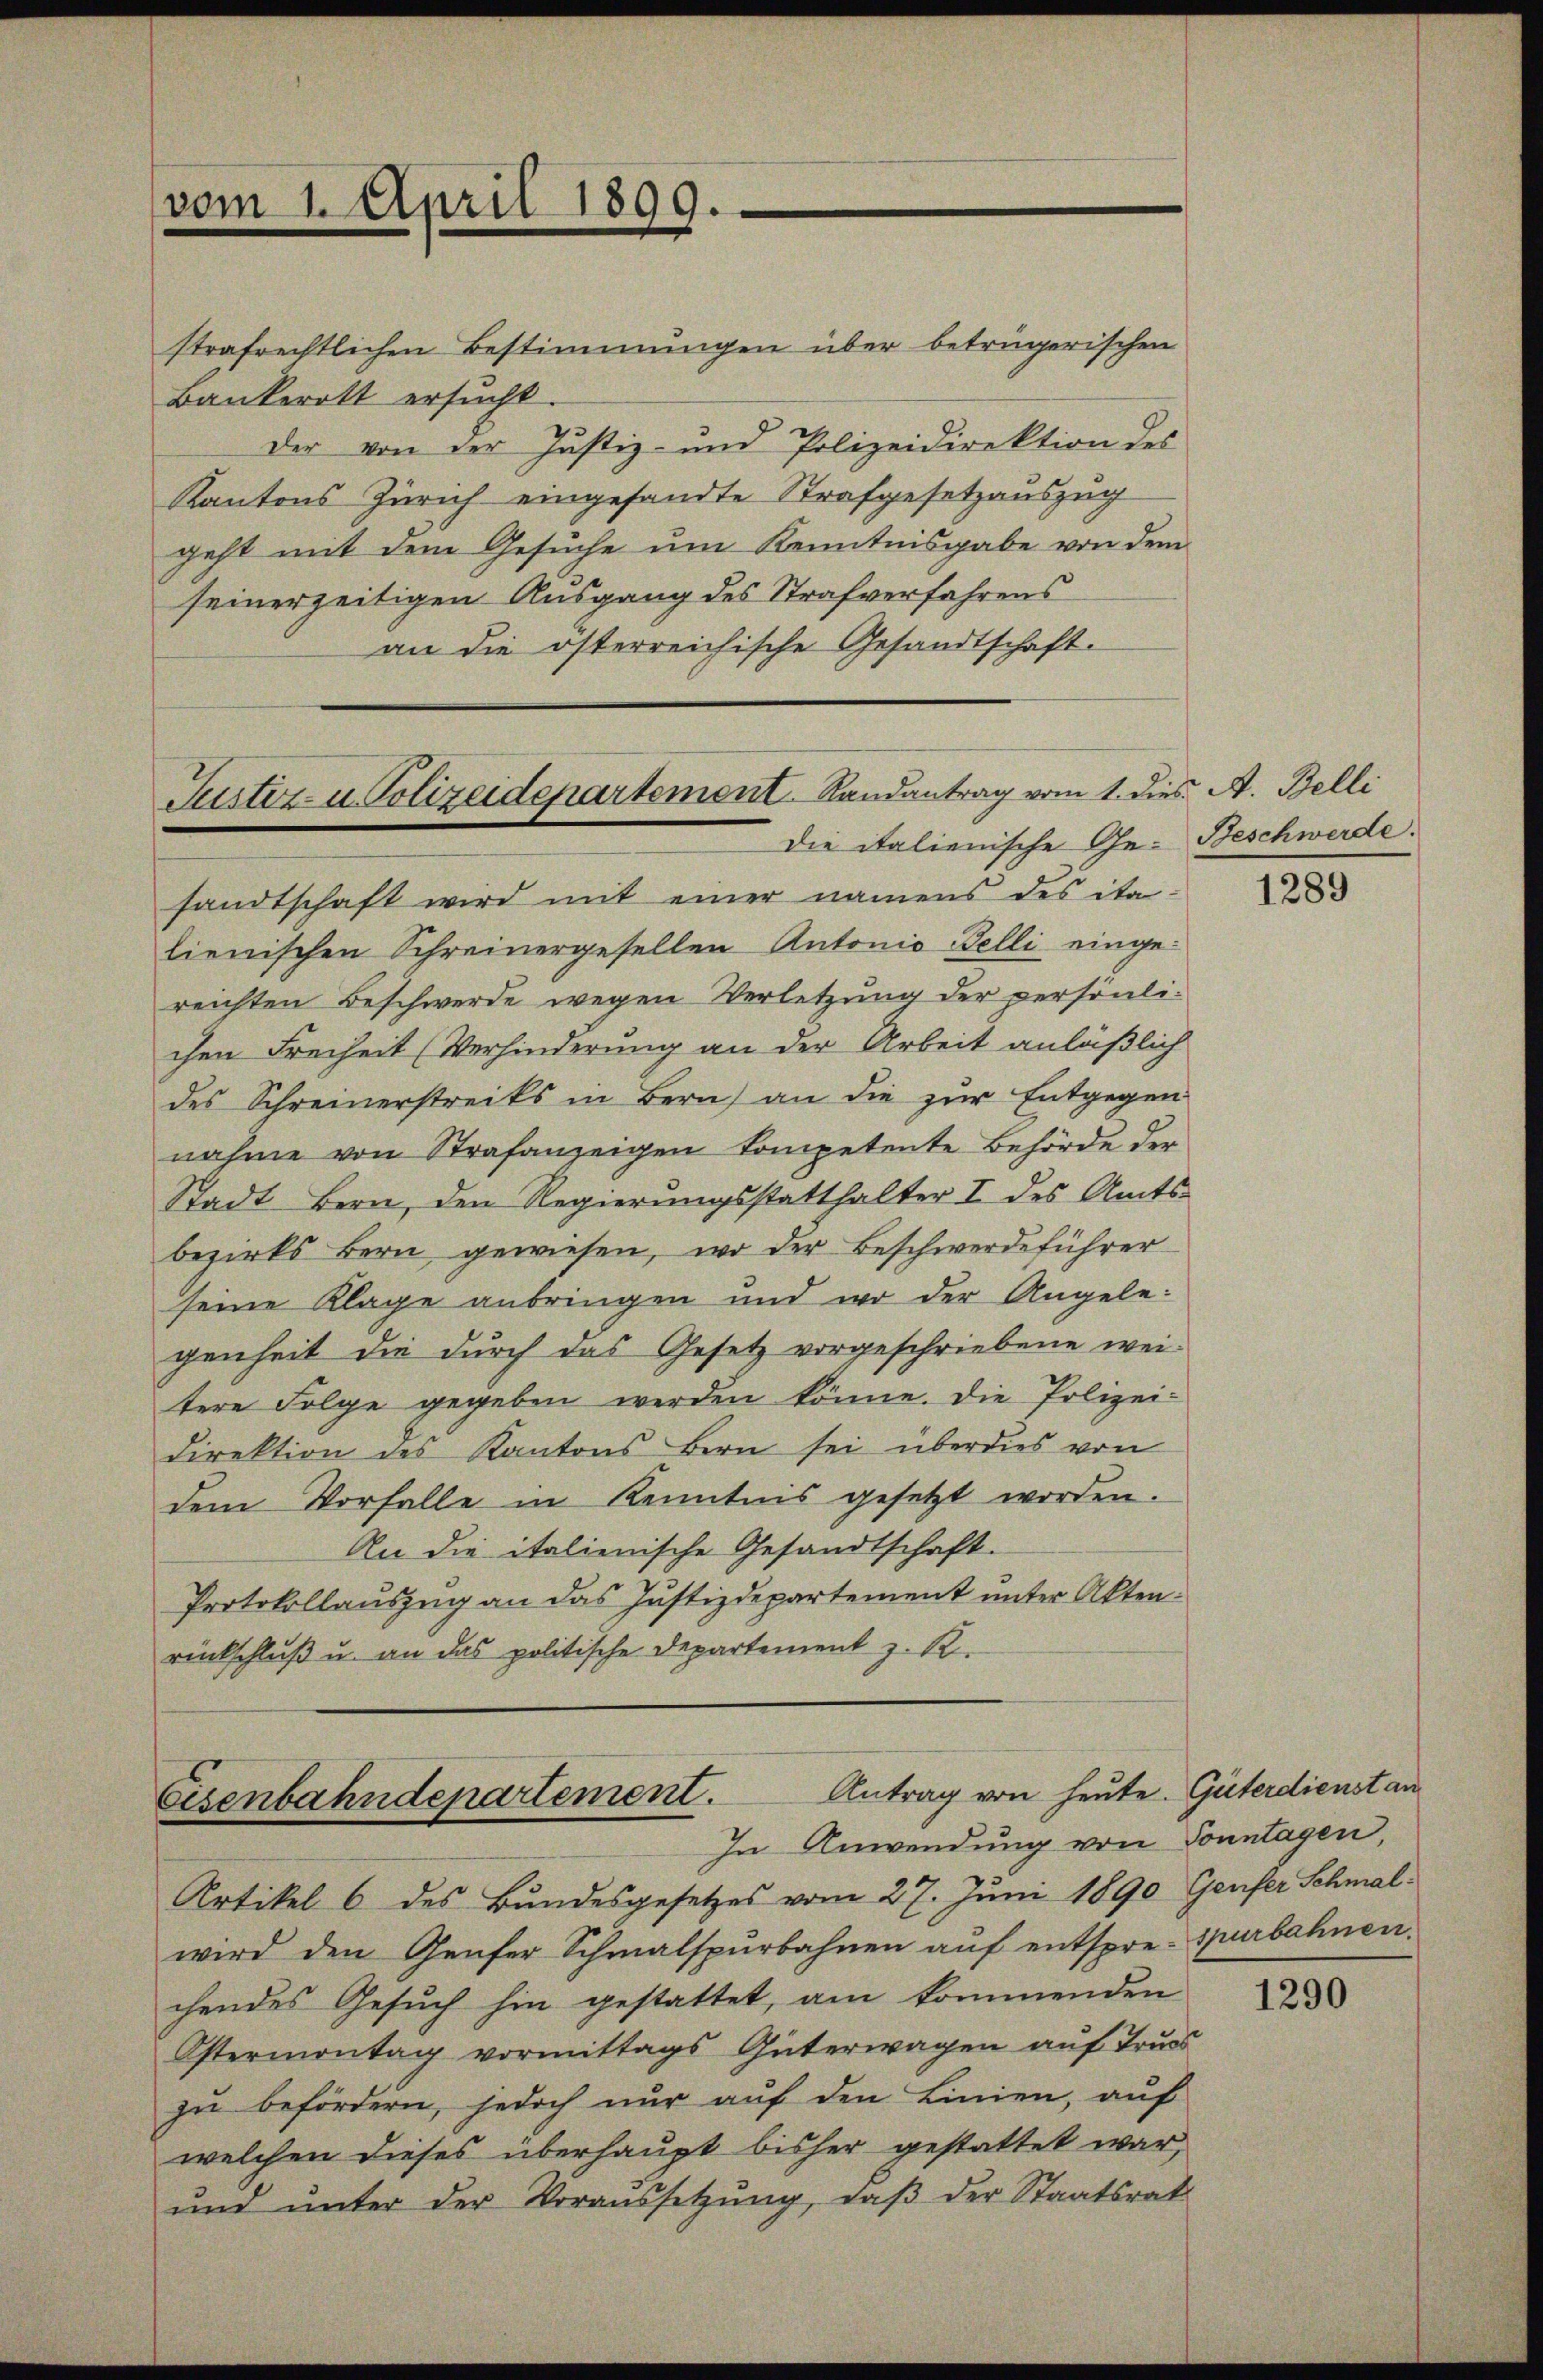
strafrechtlichen Bestimmungen über betrügerischen
Bankerott ersucht
Der von der Justiz- und Polizeidirektion des
Kantons Zürich eingesandte Strafgesetzauszug
geht mit dem Gesuche um Kenntnisgabe von dem
seinerzeitigen Ausgang des Strafverfahrens
an die österreichische Gesandtschaft.

vom 1. April 1899.

sandtschaft wird mit einer namens des ita-
lienischen Schreinergesellen Antonio Belli eingereichten Beschwerde wegen Verletzung der persönlichen Freiheit (Verhinderung an der Arbeit anläßlich
des Schreinerstreiks in Bern) an die zur Entgegen
nahme von Strafanzeigen Competente Behörde der
Stadt Bern, den Regierungsstatthalter I des Amts-
bezirks Bern gewiesen, wo der Beschwerdeführer
seine Klage anbringen und wo der Angelegenheit die durch das Gesetz vorgeschriebene weitere Folge gegeben werden könne. Die Polizei-
direktion des Kantons Bern sei überdies von
dem Vorfalle in Kenntnis gesetzt worden.
An die italienische Gesandtschaft.
Protokollauszug an das Justizdepartement unter Akten.
rückschluß u. an das politische Departement z. R.

Surtor- u. Polizeidepartemont. Randantrag vom 1. dies A. Belli
Die italienische Ge-Beschwerde.

Eisenbahndepartement. Antrag von heute.
In Anwendung von Sonntagen,

Artikel 6 des Bundesgesetzes vom 27. Juni 1890 Genfer Schmalwird den Genfer Schmalspurbahnen aŭf entspre-spurbahnen.
chendes Gesuch hin gestattet, am kommenden
Ostermontag vormittags Güterwagen auf Trus
zŭ befördern, jedoch nur auf den Linien, auf
welchen dieses überhaupt bisher gestattet war,
ŭnd ŭnter der Voraussetzŭng, daβ der Staatsrat

1289

Güterdienst an

1290